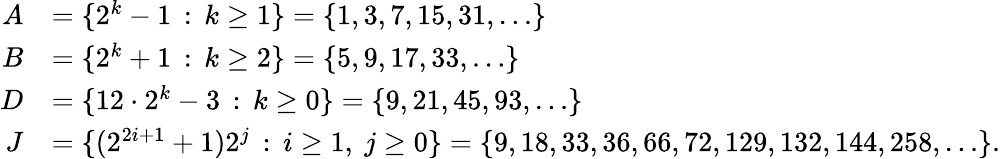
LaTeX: \begin{array}{rl}{A}&{=\{ 2^{k}-1\, :\, k\geq 1\} =\{ 1,3,7,15,31,\ldots\} }\\ {B}&{=\{ 2^{k}+1\, :\, k\geq 2\} =\{ 5,9,17,33,\ldots\} }\\ {D}&{=\{ 12\cdot 2^{k}-3\, :\, k\geq 0\} =\{ 9,21,45,93,\ldots\} }\\ {J}&{=\{ (2^{2i+1}+1)2^{j}\, :\, i\geq 1,\ j\geq 0\} =\{ 9,18,33,36,66,72,129,132,144,258,\ldots\} .}\end{array}